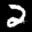
Label: 2